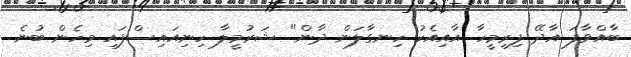
ބާއްވާފަ އާދޭ ފިރިމީހާ އާއިއެކު ހިނގާލަން ދާން" ޝަރުމީލާ ހިނިއައިސްފައި މިހެން ބުނެ